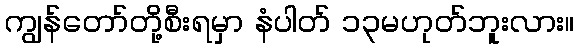
ကျွန်တော်တို့စီးရမှာ နံပါတ် ၁၃မဟုတ်ဘူးလား။